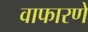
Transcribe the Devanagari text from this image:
वाफारणे